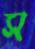
স